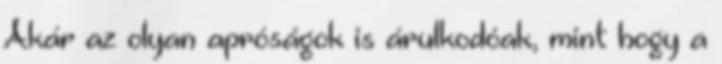
Akár az olyan apróságok is árulkodóak, mint hogy a